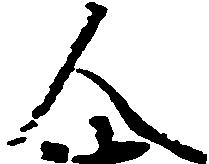
人